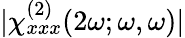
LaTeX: \lvert\chi_{xxx}^{(2)}(2\omega;\omega,\omega)\rvert